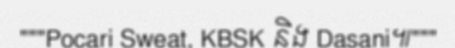
"""Pocari Sweat, KBSK និង Dasani៕"""